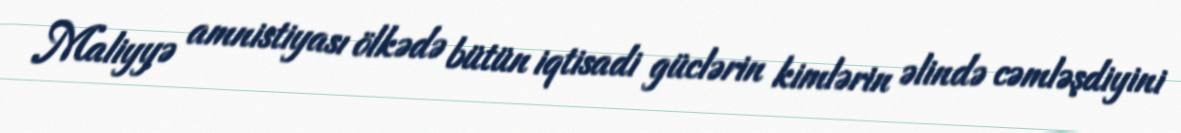
Maliyyə amnistiyası ölkədə bütün iqtisadi güclərin kimlərin əlində cəmləşdiyini